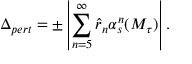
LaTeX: \Delta _ { p e r t } = \pm \left| \sum _ { n = 5 } ^ { \infty } \hat { r } _ { n } \alpha _ { s } ^ { n } ( M _ { \tau } ) \right| .